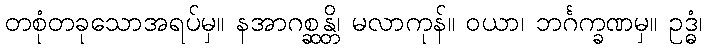
တစုံတခုသောအရပ်မှ။ နအာဂစ္ဆန္တိ၊ မလာကုန်။ ဝယာ၊ ဘင်္ဂက္ခဏမှ။ ဥဒ္ဓံ၊